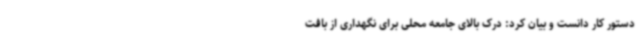
دستور کار دانست و بیان کرد: درک بالای جامعه محلی برای نگهداری از بافت